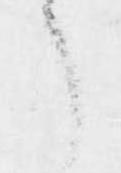
了